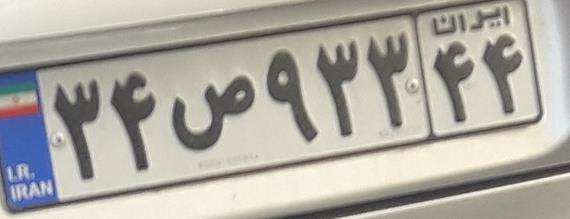
۳۴ص۹۳۳۴۴